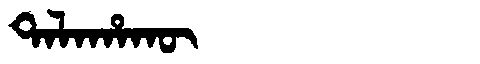
Manchu: ᡨᠠᠯᠠᡥᠠᡴᡡ
Romanization: TALAHAKŪ